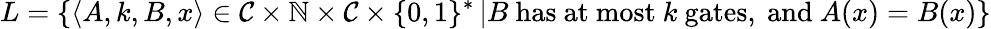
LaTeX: L=\left\{ \langle A,k,B,x\rangle\in{\mathcal{C}}\times\mathbb{N}\times{\mathcal{C}}\times\{ 0,1\} ^{*}\left|B{\mathrm{~has~at~most~}}k{\mathrm{~gates,~and~}}A(x)=B(x)\right.\right\}